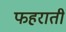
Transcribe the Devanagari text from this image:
फहराती